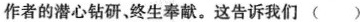
作者的潜心钻研、终生奉献。这告诉我们( )